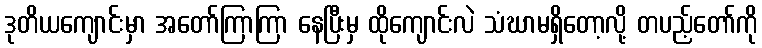
ဒုတိယကျောင်းမှာ အတော်ကြာကြာ နေပြီးမှ ထိုကျောင်းလဲ သံဃာမရှိတော့လို့ တပည့်တော်ကို